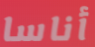
أناسا